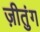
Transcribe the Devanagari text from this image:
ज़ीतुंग